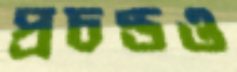
প্রচণ্ডও